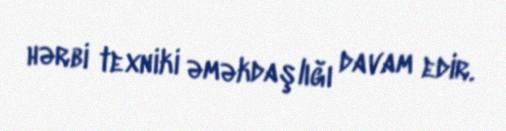
hərbi texniki əməkdaşlığı davam edir.